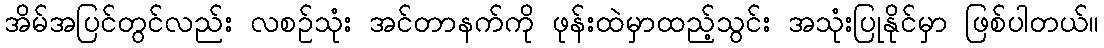
အိမ်အပြင်တွင်လည်း လစဉ်သုံး အင်တာနက်ကို ဖုန်းထဲမှာထည့်သွင်း အသုံးပြုနိုင်မှာ ဖြစ်ပါတယ်။